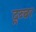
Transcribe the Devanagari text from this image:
दूब्बर